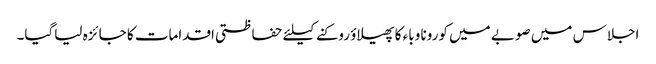
اجلاس میں صوبے میں کورونا وباء کا پھیلاؤ روکنے کیلئے حفاظتی اقدامات کا جا ئزہ لیاگیا۔